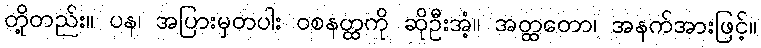
တို့တည်း။ ပန၊ အပြားမှတပါး ဝစနတ္ထကို ဆိုဦးအံ့။ အတ္ထတော၊ အနက်အားဖြင့်။